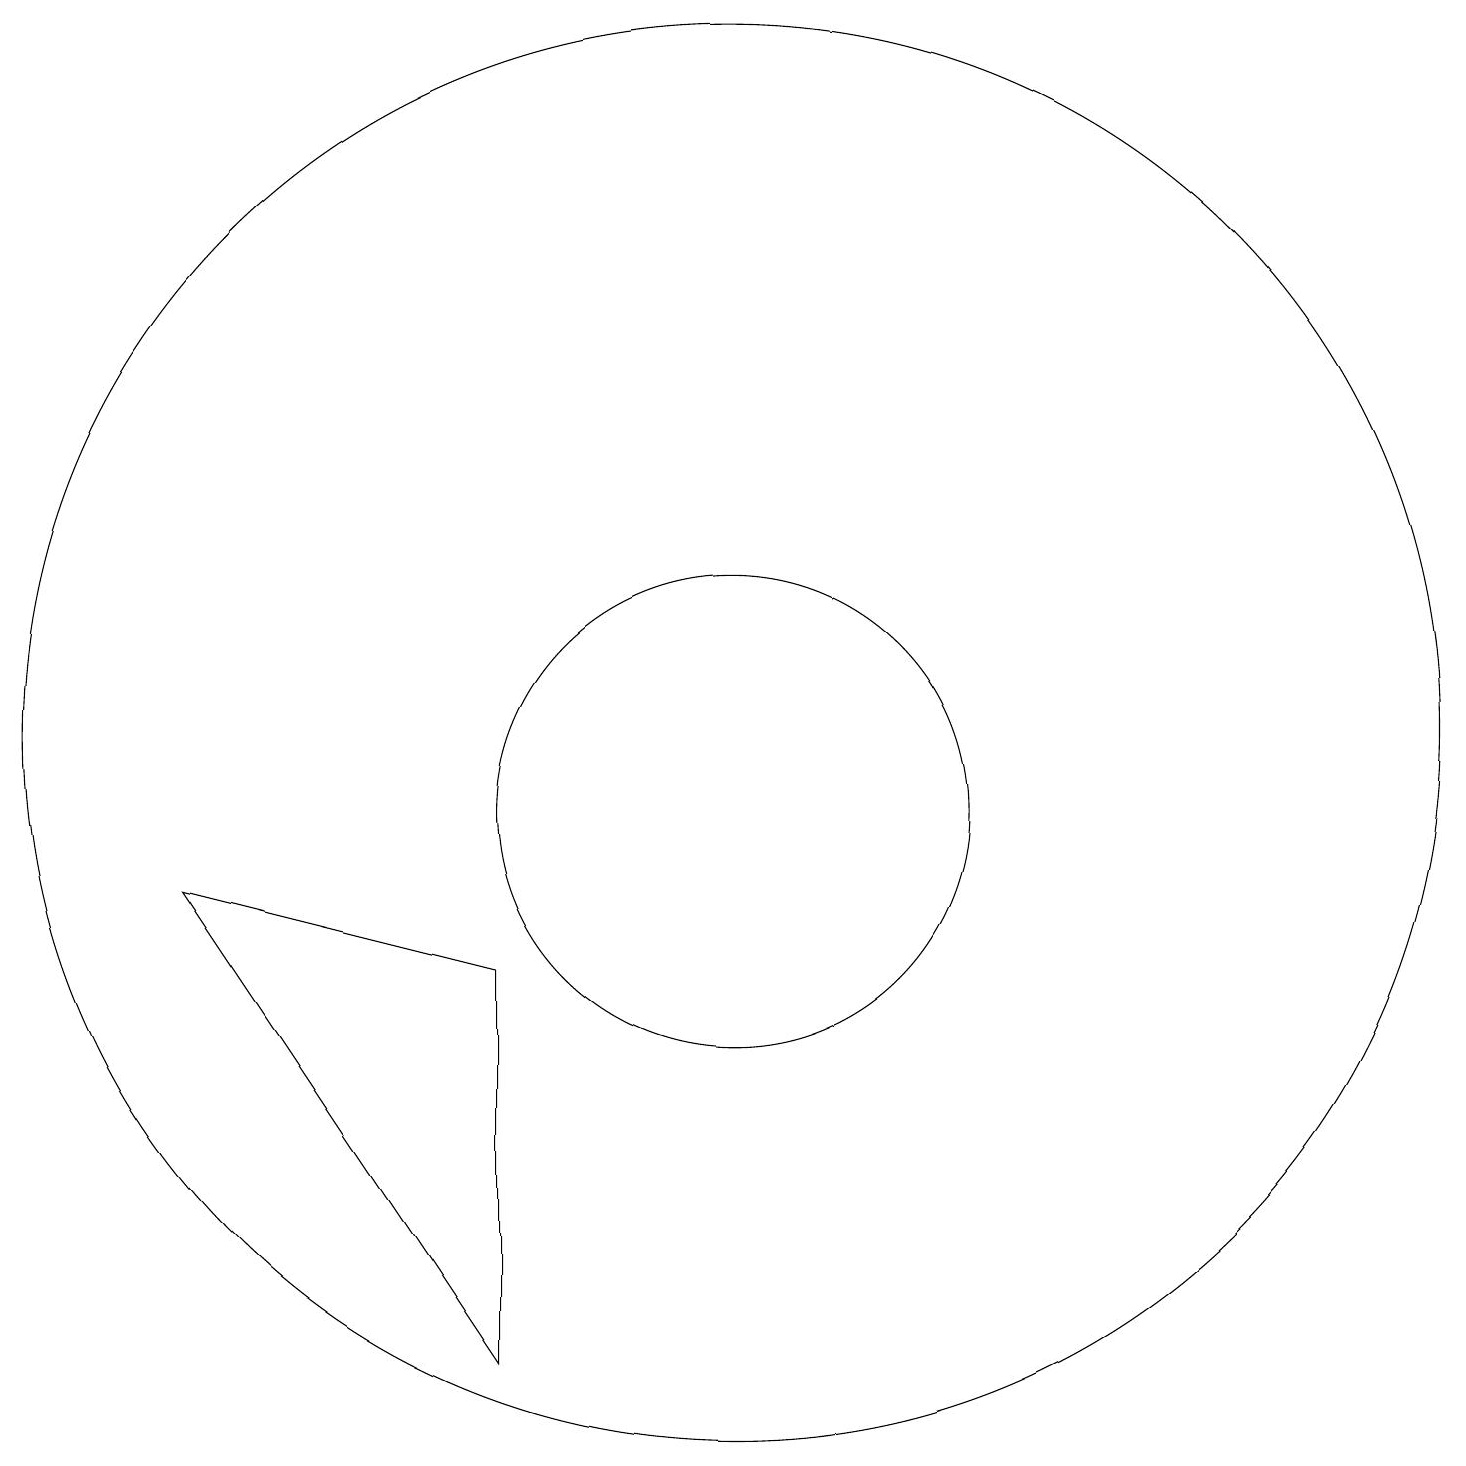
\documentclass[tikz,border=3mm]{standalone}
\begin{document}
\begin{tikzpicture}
\draw (11,11) circle (9);
\draw (4,9) -- (8,8) -- (8,3) -- cycle;
\draw (11,10) circle (3);
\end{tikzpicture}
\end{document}